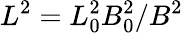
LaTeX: L^{2}=L_{0}^{2}B_{0}^{2}/B^{2}